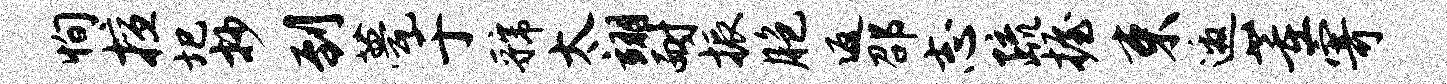
恂擅圯抄到甍于虢太翊耐振胞返邵志疏握束邀董寄